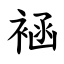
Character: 䘶